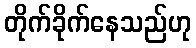
တိုက်ခိုက်နေသည်ဟု